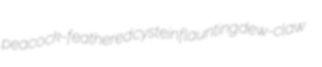
peacock-feathered cystein flaunting dew-claw